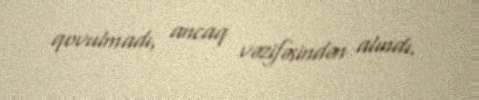
qovulmadı, ancaq vəzifəsindən alındı.